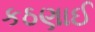
કઠણાઈ